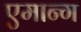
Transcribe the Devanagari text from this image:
एमान्ग